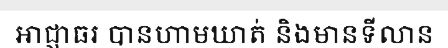
អាជ្ញាធរ បានហាមឃាត់ និងមានទីលាន